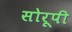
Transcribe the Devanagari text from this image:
सोरूपी